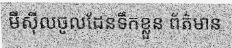
មីស៊ីលចូលដែនទឹកខ្លួន ព័ត៌មាន